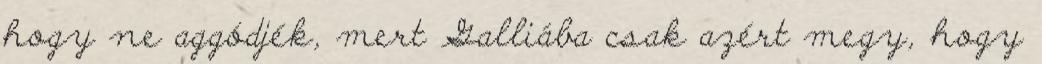
hogy ne aggódjék, mert Galliába csak azért megy, hogy